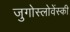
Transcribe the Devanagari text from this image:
जुगोस्लोवेंस्की